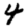
Digit: 4